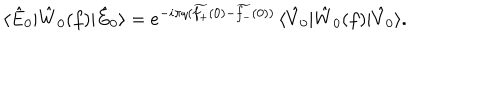
\langle \hat { E } _ { 0 } | \hat { W } _ { 0 } ( f ) | \hat { E } _ { 0 } \rangle = e ^ { - i \pi q ( \widetilde { f _ { + } } ( 0 ) - \widetilde { f _ { - } } ( 0 ) ) } \, \langle \hat { V } _ { 0 } | \hat { W } _ { 0 } ( f ) | \hat { V } _ { 0 } \rangle .